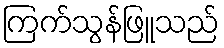
ကြက်သွန်ဖြူသည်